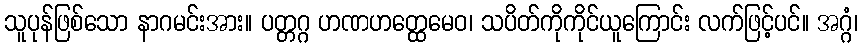
သူပုန်ဖြစ်သော နာဂမင်းအား။ ပတ္တဂ္ဂ ဟဏဟတ္ထေမေဝ၊ သပိတ်ကိုကိုင်ယူကြောင်း လက်ဖြင့်ပင်။ အဂ္ဂံ၊